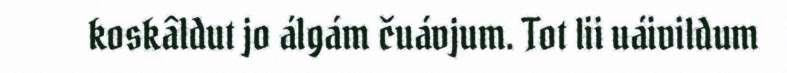
koskâldut jo álgám čuávjum. Tot lii uáivildum